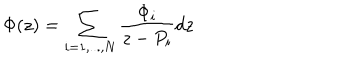
\Phi ( z ) = \sum _ { i = 1 , . . . , N } \frac { \Phi _ { i } } { z - P _ { i } } d z